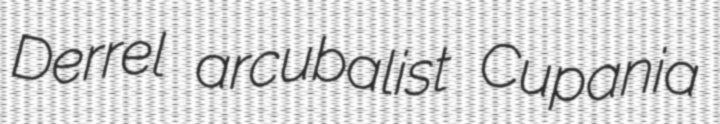
Derrel arcubalist Cupania